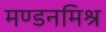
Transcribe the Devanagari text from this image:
मण्डनमिश्र